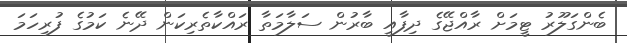
ބެންގަލޫރު ޓީމަށް ރާއްޖޭގެ ދިފާއީ ބާރުން ސަލާމަތާ ރައްކާތެރިކަން ދޭނެ ކަމުގެ ފުރިހަމަ